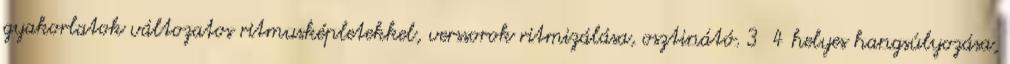
gyakorlatok változatos ritmusképletekkel, verssorok ritmizálása, osztinátó. 3 4 helyes hangsúlyozása,